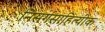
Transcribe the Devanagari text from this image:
निसर्गसाहित्यीक